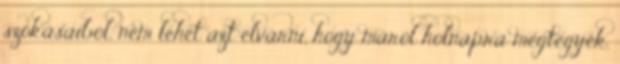
szokásaiból, nem lehet azt elvárni, hogy máról holnapra megtegyék.